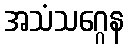
အသံသဂ္ဂေန